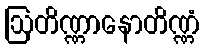
ဩတိဏ္ဏာနောတိဏ္ဏံ